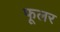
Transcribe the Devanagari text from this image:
फूलर